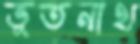
ভূতনাথ